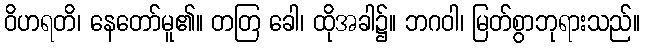
ဝိဟရတိ၊ နေတော်မူ၏။ တတြ ခေါ၊ ထိုအခါ၌။ ဘဂဝါ၊ မြတ်စွာဘုရားသည်။